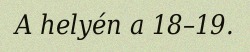
A helyén a 18–19.